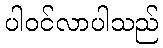
ပါဝင်လာပါသည်